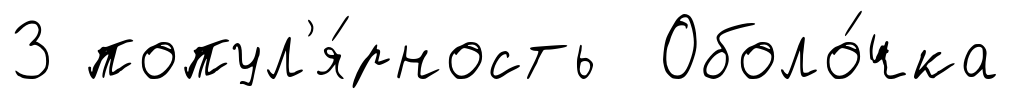
3 попул'я́рность Оболо́чка